Annual report of the Bengal Veterinary College and of the Civil Veterinary Department, Bengal, for the year 1913-1914 - 1913-1914
Year: 1913
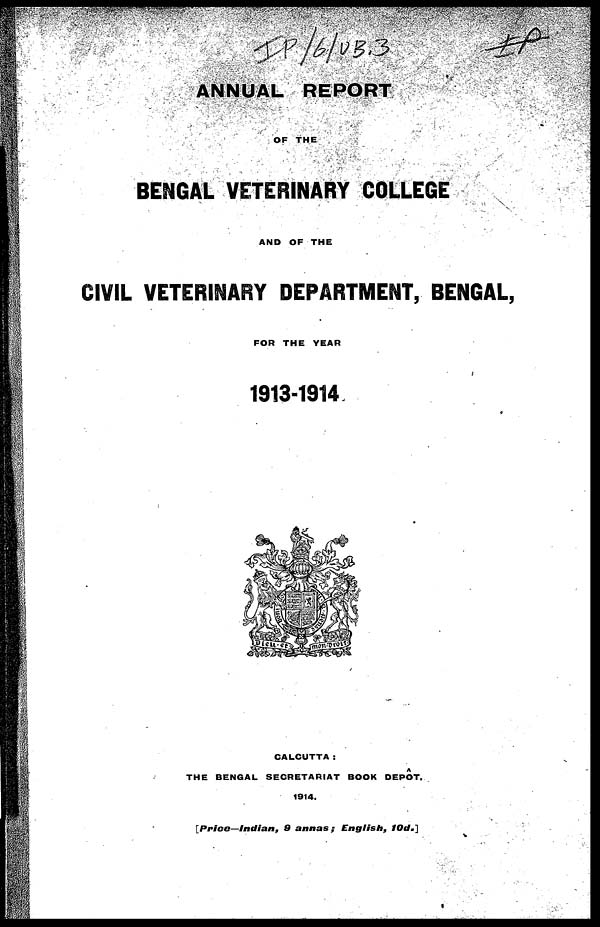
ANNUAL
REPORT
OF THE
B ENGAL VETERINARY COLLEGE
CIVIL VETERINARY DEPARTMENT. BENGAL.
FOR THE YEAR
1913-1914
CALCUTTA :
THE BENGAL SECRETARIAT BOOK DEÔPT.
1914.
Price
Indian,
9 annas ; English,
1Od.]